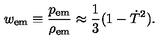
w _ { \mathrm { e m } } \equiv \frac { p _ { \mathrm { e m } } } { \rho _ { \mathrm { e m } } } \approx \frac { 1 } { 3 } ( 1 - \dot { T } ^ { 2 } ) .